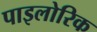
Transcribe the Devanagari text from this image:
पाइलोरिक